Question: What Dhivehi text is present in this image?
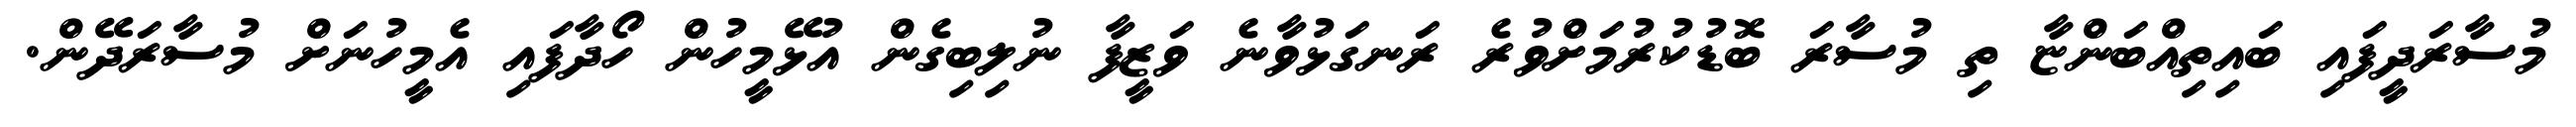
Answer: މުސާރަދީފައި ބައިތިއްބަންޏާ ތި މުސާރަ ބޮޑުކުރުމަށްވުރެ ރަނގަޅުވާނެ ވަޒީފާ ނުލިބިގެން އުޅޭމީހުން ހޯދާފައި އެމީހުނަށް މުސާރަދޭން.